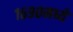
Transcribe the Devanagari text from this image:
१६९०मध्ये